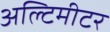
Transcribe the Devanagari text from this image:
अल्टिमीटर